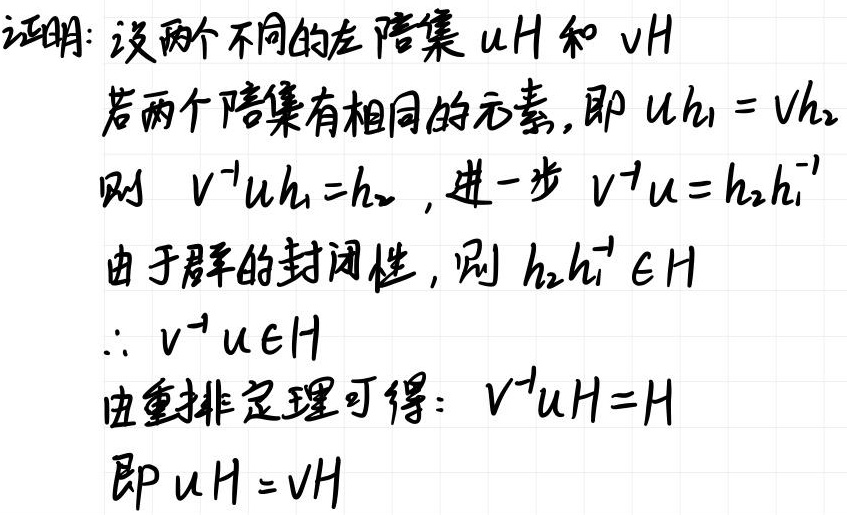
证明：设两个不同的左陪集 $uH$ 和 $vH$
若两个陪集有相同的元素,即 $uh_1 = vh_2$
则 $v^{-1}uh_1 = h_2$ ,进一步 $v^{-1}u = h_2h_1^{-1}$
由于群的封闭性,则 $h_2h_1^{-1} \in H$
$\therefore v^{-1}u \in H$
由重排定理可得：$v^{-1}uH = H$
即 $uH = vH$